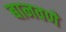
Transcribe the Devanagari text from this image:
बानवणे